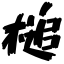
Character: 槌